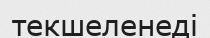
текшеленеді